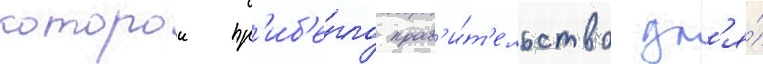
которои пр'иб'е́гло прав'и́т'ельство дл'я́